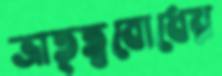
ভ্রাতৃত্ববোধের